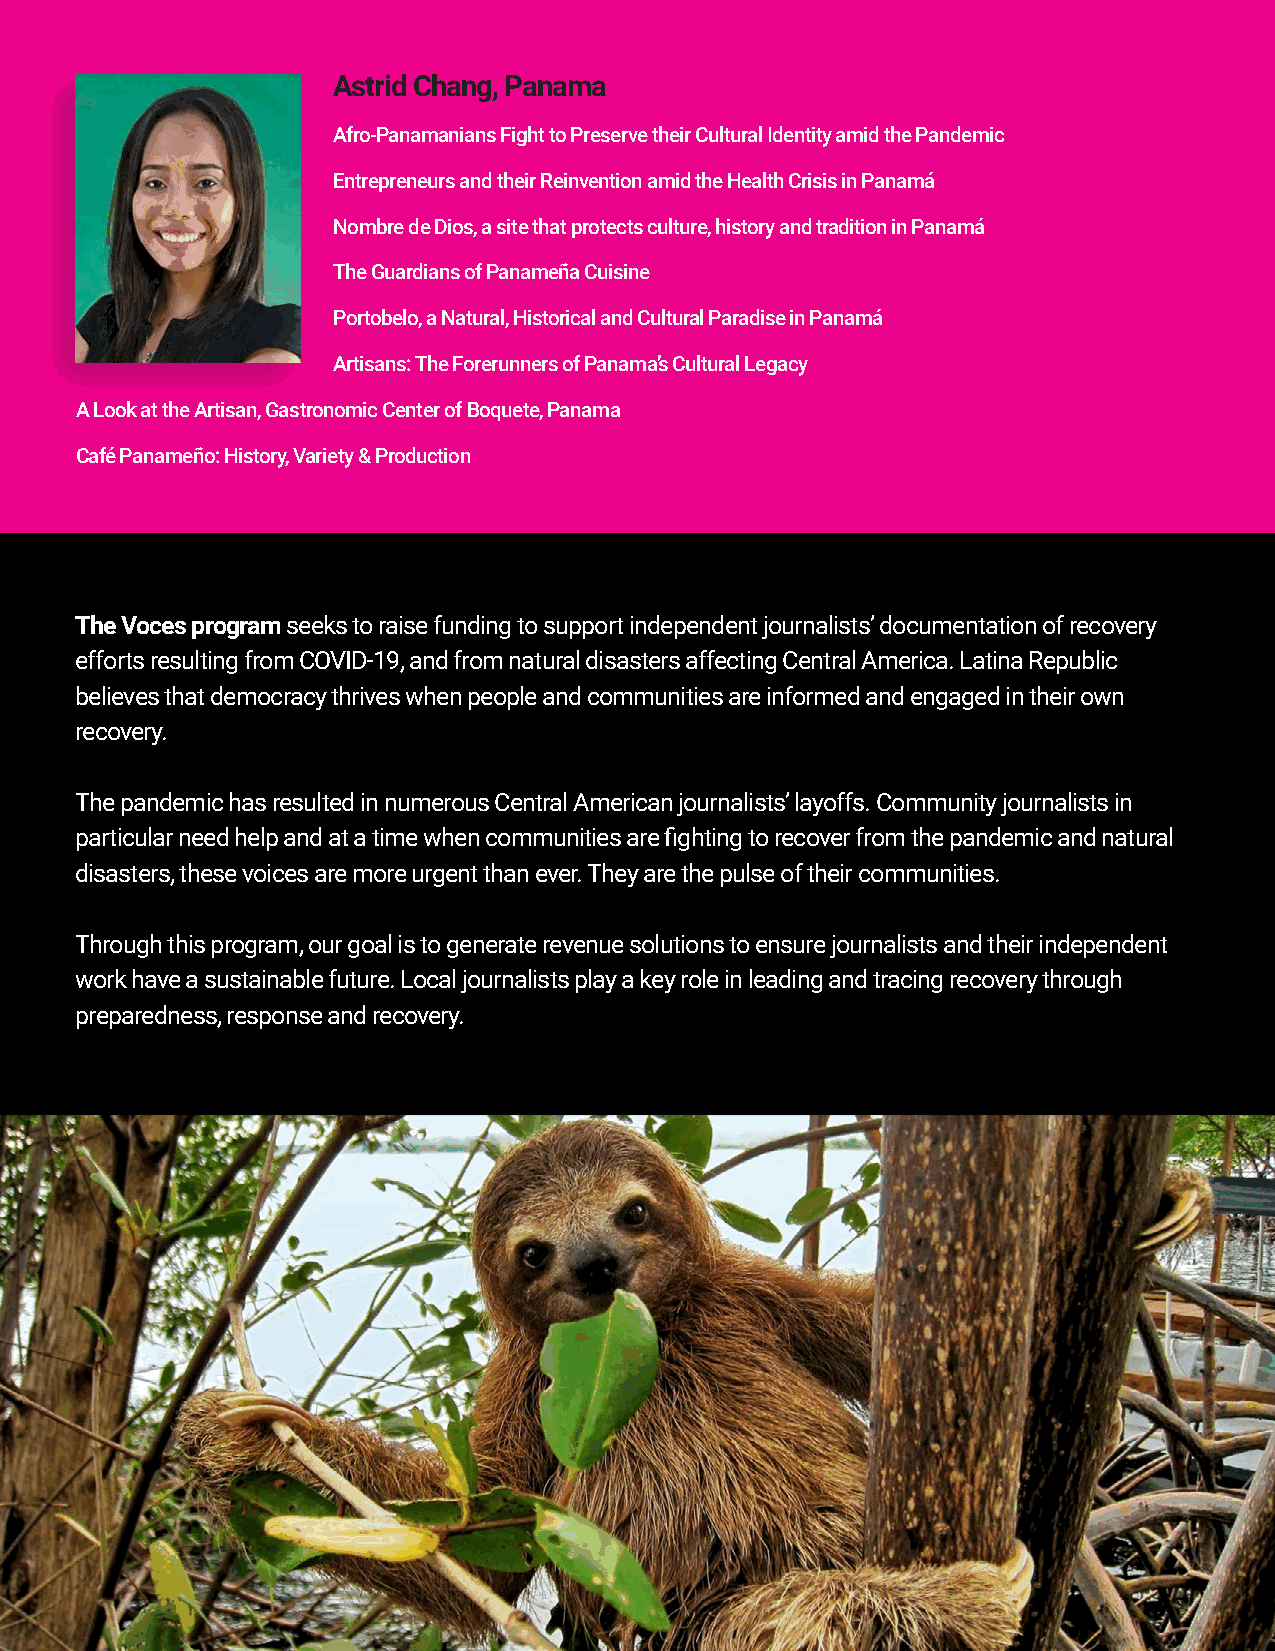
Astrid Chang, Panama
 Afro-Panamanians Fight to Preserve their Cultural Identity amid the Pandemic
 Entrepreneurs and their Reinvention amid the Health Crisis in Panamá
 Nombre de Dios, a site that protects culture, history and tradition in Panamá
 The Guardians of Panameña Cuisine
 Portobelo, a Natural, Historical and Cultural Paradise in Panamá
 Artisans: The Forerunners of Panama’s Cultural Legacy
 A Look at the Artisan, Gastronomic Center of Boquete, Panama
 Café Panameño: History, Variety & Production
 The Voces program seeks to raise funding to support independent journalists’ documentation of recovery
 efforts resulting from COVID-19, and from natural disasters affecting Central America. Latina Republic
 believes that democracy thrives when people and communities are informed and engaged in their own
 recovery.
 The pandemic has resulted in numerous Central American journalists’ layoffs. Community journalists in
 particular need help and at a time when communities are fighting to recover from the pandemic and natural
 disasters, these voices are more urgent than ever. They are the pulse of their communities.
 Through this program, our goal is to generate revenue solutions to ensure journalists and their independent
 work have a sustainable future. Local journalists play a key role in leading and tracing recovery through
 preparedness, response and recovery.